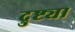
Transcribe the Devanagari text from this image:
द्रुष्ट्या